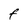
Character: F